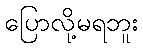
ပြောလို့မရဘူး